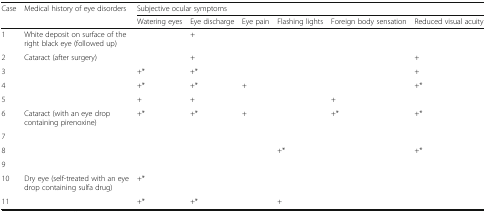
| <ROWSPAN=2> Case | <ROWSPAN=2> Medical history of eye disorders | <COLSPAN=6> Subjective ocular symptoms |
 | Watering eyes | Eye discharge | Eye pain | Flashing lights | Foreign body sensation | Reduced visual acuity |
 | --- | --- | --- | --- | --- | --- | --- | --- |
 | 1 | White deposit on surface of the right black eye (followed up) |  | + |  |  |  |  |
 | 2 | Cataract (after surgery) |  | + |  |  |  | + |
 | 3 |  | +* | +* |  |  |  | + |
 | 4 |  | +* | +* | + |  |  | +* |
 | 5 |  | + | + |  |  | + |  |
 | 6 | Cataract (with an eye drop containing pirenoxine) | +* | +* | + |  | +* | +* |
 | 7 |  |  |  |  |  |  |  |
 | 8 |  |  |  |  | +* |  | +* |
 | 9 |  |  |  |  |  |  |  |
 | 10 | Dry eye (self-treated with an eye drop containing sulfa drug) | +* |  |  |  |  |  |
 | 11 |  | +* | +* |  | + |  |  |